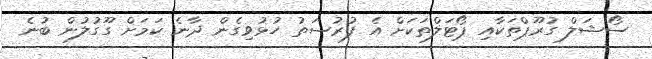
ސޯޝަލް ގުރޫޕްތަކާއި ޕޯޓަލްތަކަށް އެ ފުރުސަތު ހުޅުވިގެން ދާނެ ކަމަށް ގޫގުލުން ބުނެ